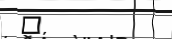
٤